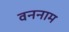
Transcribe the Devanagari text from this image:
वननाम